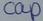
Text: cap